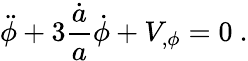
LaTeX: \ddot{\phi}+3{\frac{\dot{a}}{a}}\dot{\phi}+V_{,\phi}=0\ .